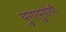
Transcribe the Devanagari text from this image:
युगायुगांची